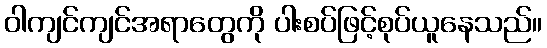
ဝါကျင်ကျင်အရာတွေကို ပါးစပ်ဖြင့်စုပ်ယူနေသည်။